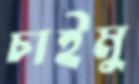
চাইমু